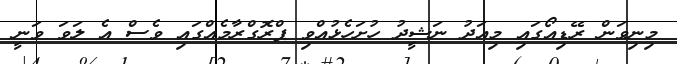
މިނިވަން ރޭޑިއޯގައި މިއަދު ނަޝީދު ހުށަހެޅުއްވި ޕްރޮގްރާމެއްގައި ވެސް އެ ލަވަ ވަނީ